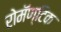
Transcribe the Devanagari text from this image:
रोमॅण्टिक